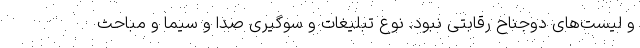
و لیست‌های دوجناح رقابتی نبود. نوع تبلیغات و سوگیری صدا و سیما و مباحث